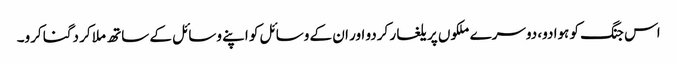
اس جنگ کو ہوا دو، دوسرے ملکوں پر یلغار کردو اور ان کے وسائل کو اپنے وسائل کے ساتھ ملا کر دگنا کرو۔